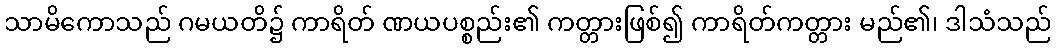
သာမိကောသည် ဂမယတိ၌ ကာရိတ် ဏယပစ္စည်း၏ ကတ္တားဖြစ်၍ ကာရိတ်ကတ္တား မည်၏၊ ဒါသံသည်